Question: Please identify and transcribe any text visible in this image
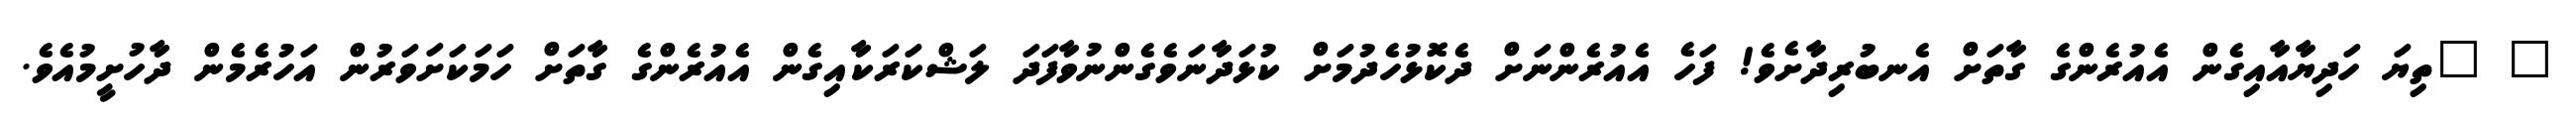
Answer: " "ތިޔަ ހަދިޔާއާއިގެން އެއުރެންގެ ގާތަށް އެނބުރިދާށެވެ! ފަހެ އެއުރެންނަށް ދެކޮޅުހެދުމަށް ކުޅަދާނަވެގެންނުވާފަދަ ލަޝްކަރަކާއިގެން އެއުރެންގެ ގާތަށް ހަމަކަށަވަރުން އަހުރެމެން ދާހުށީމުއެވެ.